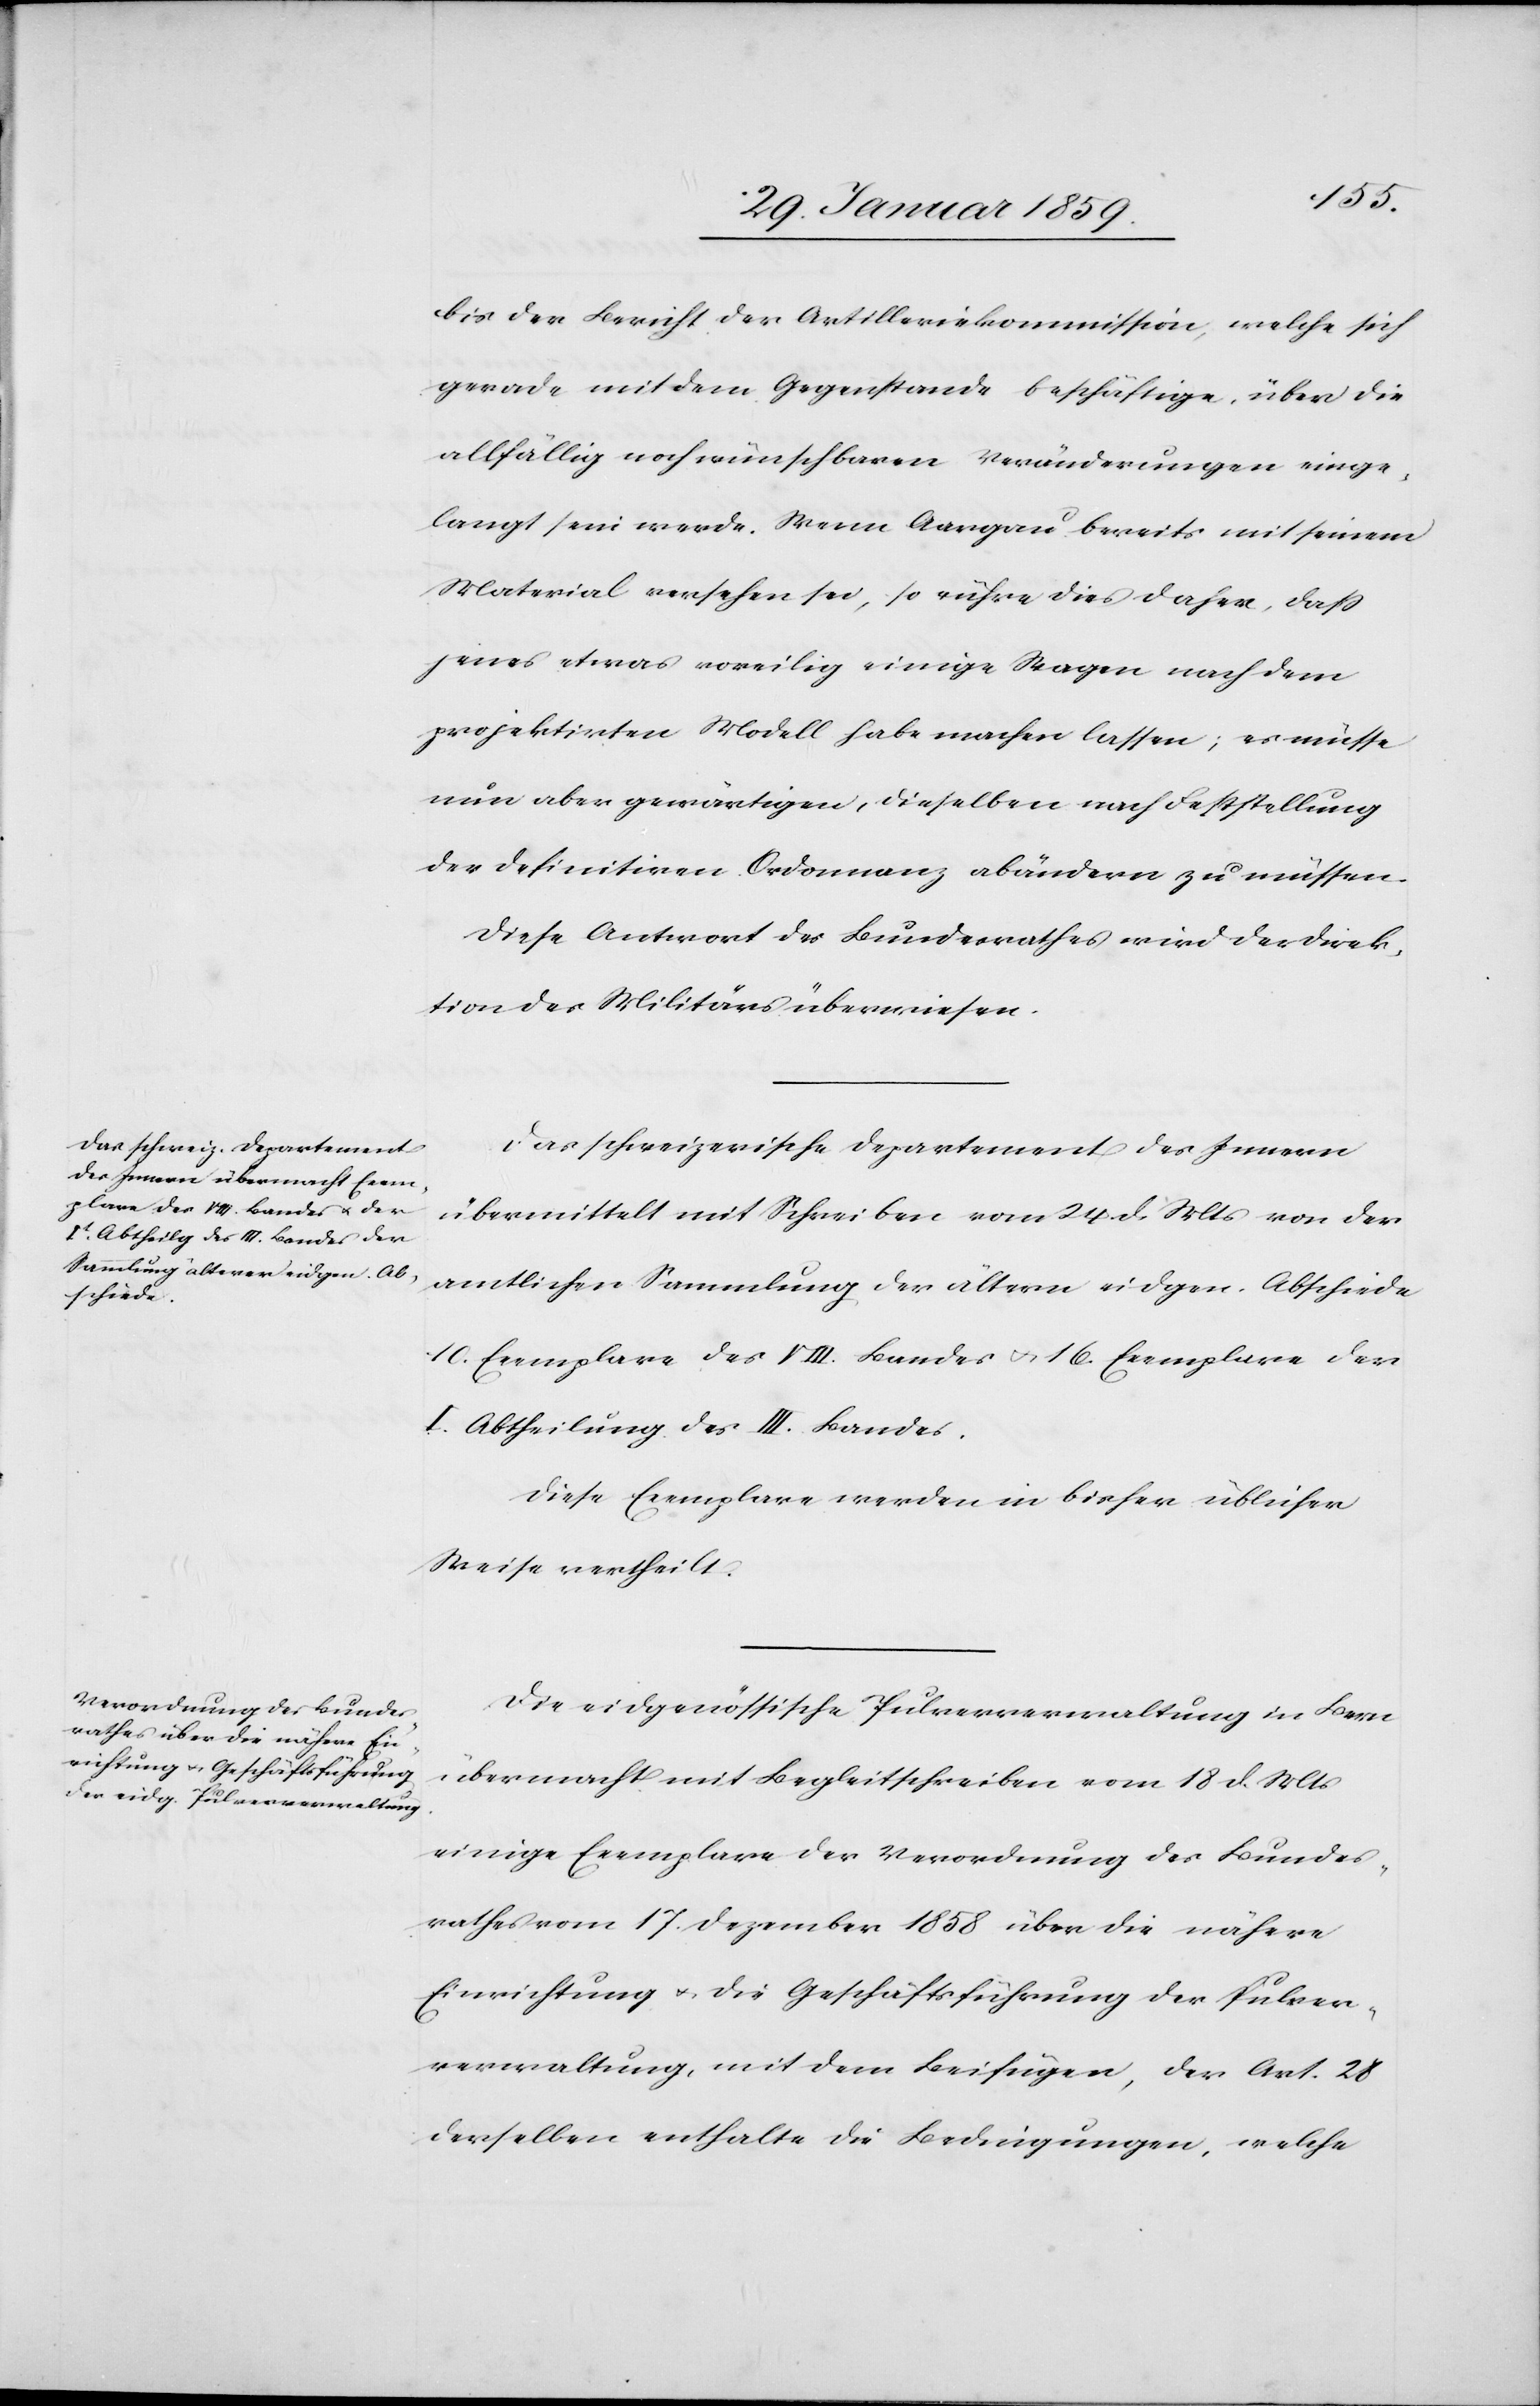
bis der Bericht der Artilleriekommission, welche sich
gerade mit dem Gegenstande beschäftige, über die
allfällig noch wünschbaren Veränderungen einge¬
langt sein werde. Wenn Aargau bereits mit seinem
Material versehen sei, so rühre dies daher, daß
jenes etwas voreilig einige Wagen nach dem
projektirten Modell habe machen lassen; es müsse
nun aber gewärtigen, dieselben nach Feststellung
der definitiven Ordonnanz abändern zu müssen.
Diese Antwort des Bundesrathes wird der Direk¬
tion des Militärs überwiesen.
Das schweizerische Departement des Innern
übermittelt mit Schreiben vom 24. d. Mts von der
amtlichen Sammlung der ältern eidgen. Abschiede
10. Exemplare des VIII. Bundes u. 16. Exemplare der
I. Abtheilung des III. Bundes.
Diese Exemplare werden in bisher üblicher
Weise vertheilt.
Die eidgenössische Pulververwaltung in Bern
übermacht mit Begleitschreiben vom 18 d. Mts
einige Exemplare der Verordnung des Bundes¬
rathes vom 17. Dezember 1858 über die nähere
Einrichtung u. die Geschäftsführung der Pulver¬
verwaltung, mit dem Beifügen, der Art. 28
desselben enthalte die Bedingungen, welche